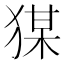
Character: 𭸘